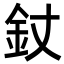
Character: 𨥅